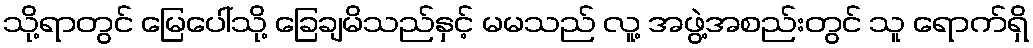
သို့ရာတွင် မြေပေါ်သို့ ခြေချမိသည်နှင့် မမသည် လူ့ အဖွဲ့အစည်းတွင် သူ ရောက်ရှိ